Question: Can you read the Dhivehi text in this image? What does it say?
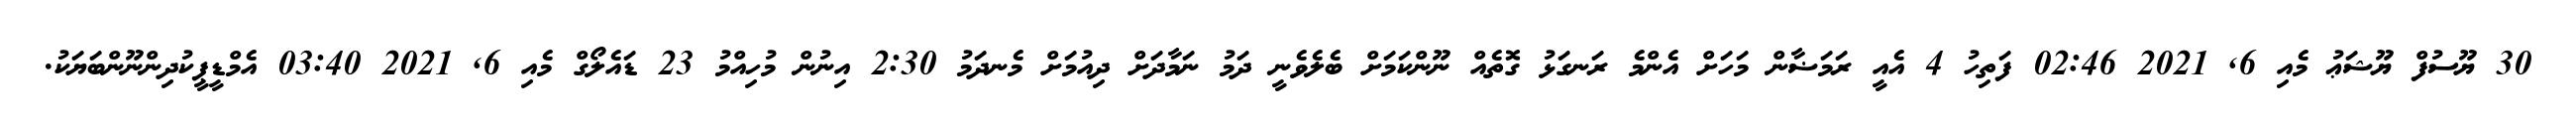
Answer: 30 ޔޫސުފް ޔޫޝަޢު މެއި 6, 2021 02:46 ފަތިހު 4 އެއީ ރަމަޟާން މަހަށް އެންމެ ރަނގަޅު ގޮތެއް ނޫންކަމަށް ބެލެވެނީ ދަމު ނަމާދަށް ދިއުމަށް މެނދަމު 2:30 އިނުން މުހިއްމު 23 ޑައެލޯގް މެއި 6, 2021 03:40 އެމްޑީޕީކުދިންނޫންބަޔަކު.